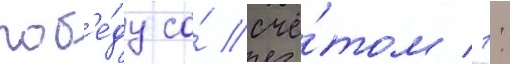
поб'е́ду со́ счё́том 1: